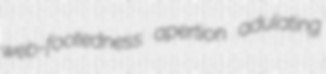
web-footedness apertion adulating